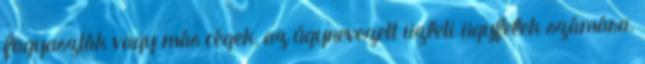
fogyasztók vagy más cégek, az úgynevezett üzleti ügyfelek számára.